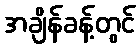
အချိန်ခန့်တွင်